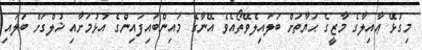
މިގުޅޭ ޢާއިލާގެ މާޒީގެ ޙަޔާތަށް ބަލައިލެވޭތޯއެވެ އޭނާގެ މައިންބައިފައިންގެ އުޅުމަށާއި ޚުލްްގަށް ބަލައި